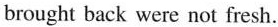
brought back were not fresh.